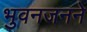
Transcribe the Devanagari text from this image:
भुवनजनने